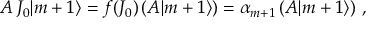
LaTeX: A \, J _ { 0 } | m + 1 \rangle = f ( J _ { 0 } ) \left( A | m + 1 \rangle \right) = \alpha _ { m + 1 } \left( A | m + 1 \rangle \right) \, ,